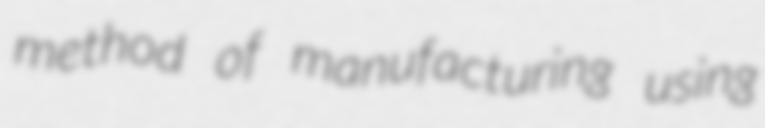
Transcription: method of manufacturing using